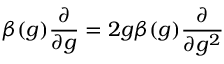
\beta ( g ) \frac { \partial } { \partial g } = 2 g \beta ( g ) \frac { \partial } { \partial g ^ { 2 } }